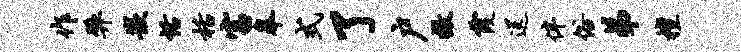
作弊嵌恬栝富皋式了户撤霞送伴俗弟檀